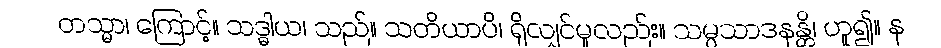
တသ္မာ၊ ကြောင့်။ သဒ္ဓါယ၊ သည်။ သတိယာပိ၊ ရှိလျှင်မူလည်း။ သမ္ပသာဒနန္တိ၊ ဟူ၍။ န